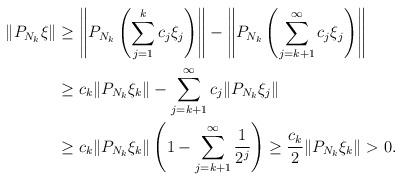
LaTeX: \begin{align*}\|P_{N_k}\xi\|&\geq \left\|P_{N_k}\left(\sum_{j=1}^k c_j\xi_j\right) \right\|-\left \|P_{N_k}\left(\sum_{j=k+1}^\infty c_j\xi_j\right) \right\|\\&\geq c_k \|P_{N_k}\xi_k\|-\sum_{j=k+1}^\infty c_j \|P_{N_k}\xi_j\|\\&\geq c_k \|P_{N_k}\xi_k\|\left(1-\sum_{j=k+1}^\infty \frac{1}{2^j}\right)\geq \frac{c_k}{2} \|P_{N_k}\xi_k\|>0.\end{align*}